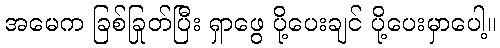
အမေက ခြစ်ခြုတ်ပြီး ရှာဖွေ ပို့ပေးချင် ပို့ပေးမှာပေါ့။